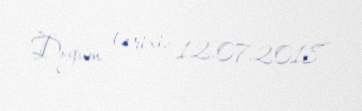
Doğum tarixi: 12.07.2018